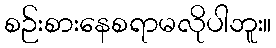
စဉ်းစားနေစရာမလိုပါဘူး။